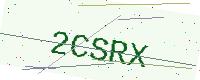
Text: 2CSRX